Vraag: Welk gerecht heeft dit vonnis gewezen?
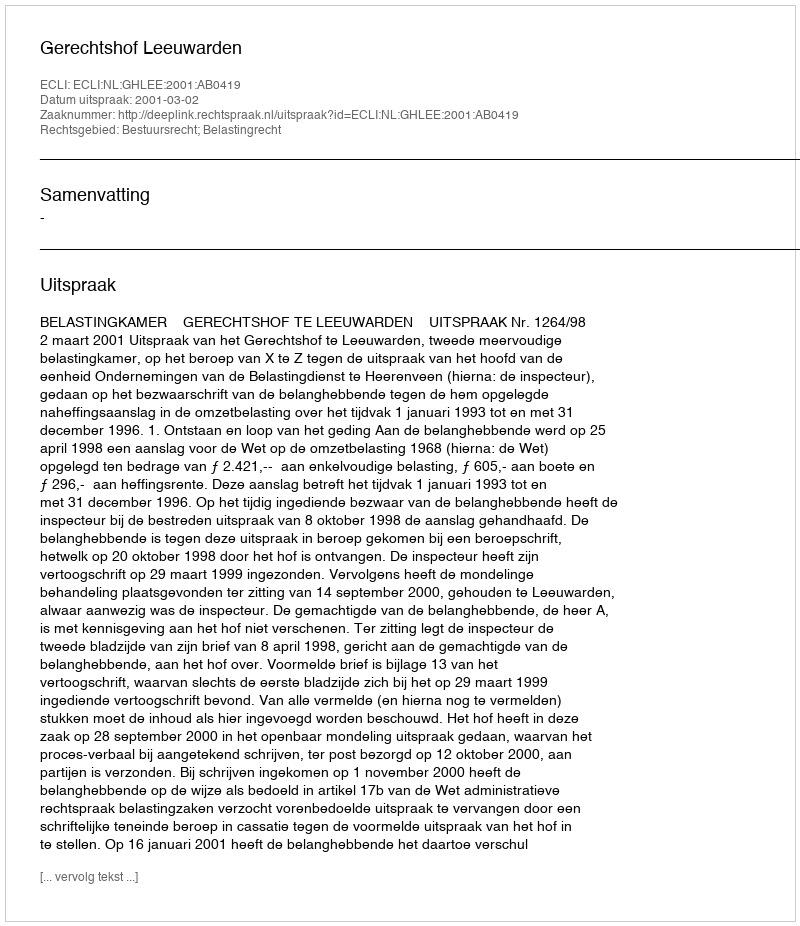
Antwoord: Gerechtshof Leeuwarden